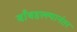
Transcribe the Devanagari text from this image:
बाँबहल्ल्यानंतर